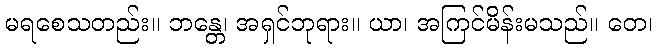
မရစေသတည်း။ ဘန္တေ၊ အရှင်ဘုရား။ ယာ၊ အကြင်မိန်းမသည်။ တေ၊